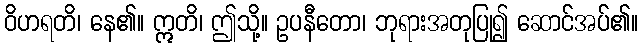
ဝိဟရတိ၊ နေ၏။ ဣတိ၊ ဤသို့။ ဥပနီတော၊ ဘုရားအတုပြု၍ ဆောင်အပ်၏။